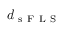
d _ { \mathrm { ~ s ~ F ~ L ~ S ~ } }